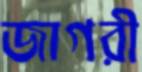
জাগরী